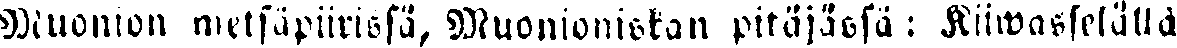
Muonion metsäpiirissä, Muonioniskan pitäjässä : Kiiwasselällä